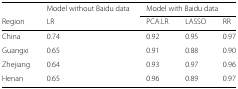
<table><thead><tr><td></td><td><b>Model without Baidu data</b></td><td colspan="3"><b>Model with Baidu data</b></td></tr><tr><td><b>Region</b></td><td><b>LR</b></td><td><b>PCA.LR</b></td><td><b>LASSO</b></td><td><b>RR</b></td></tr></thead><tbody><tr><td>China</td><td>0.74</td><td>0.92</td><td>0.95</td><td>0.97</td></tr><tr><td>Guangxi</td><td>0.65</td><td>0.91</td><td>0.88</td><td>0.90</td></tr><tr><td>Zhejiang</td><td>0.64</td><td>0.93</td><td>0.97</td><td>0.96</td></tr><tr><td>Henan</td><td>0.65</td><td>0.96</td><td>0.89</td><td>0.97</td></tr></tbody></table>